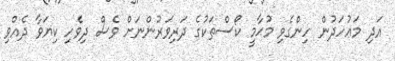
އަދި މަޢުހަދުން ހިންގެވި މުޙާމީ ކޯސްތަކުގެ ދަރިވަރުންނަށް ވެސް ދިވެހި ކިޔަވާ ދެއްވި